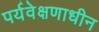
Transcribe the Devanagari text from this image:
पर्यवेक्षणाधीन